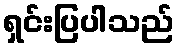
ရှင်းပြပါသည်